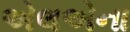
એલએના